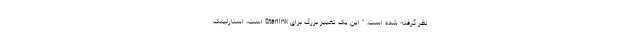
نظر گرفته شده است. " این یک تغییر بزرگ برای Starlink است، استارلینک